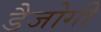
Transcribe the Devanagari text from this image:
डैजोगी